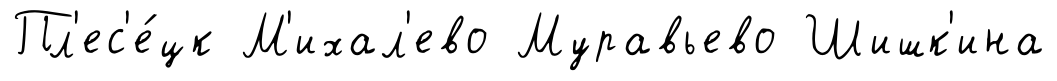
Пл'ес'е́цк М'ихал'ево Муравьево Шишк'ина